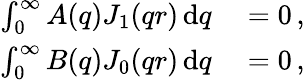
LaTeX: \begin{array}{rl}{\int_{0}^{\infty}A(q)J_{1}(qr)\, \mathrm{d}q}&{{}=0\, ,}\\ {\int_{0}^{\infty}B(q)J_{0}(qr)\, \mathrm{d}q}&{{}=0\, ,}\end{array}